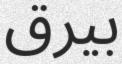
بيرق